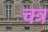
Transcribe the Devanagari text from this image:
चत्र